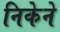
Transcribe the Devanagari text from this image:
निकेने